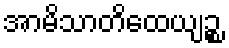
အာမိသာတိထေယျဉ္စ